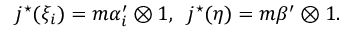
j ^ { \star } ( \xi _ { i } ) = m \alpha _ { i } ^ { \prime } \otimes 1 , \; \; j ^ { \star } ( \eta ) = m \beta ^ { \prime } \otimes 1 .